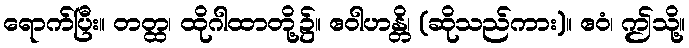
ရောက်ပြီး။ တတ္ထ၊ ထိုဂါထာတို့၌။ ဧဝါဟန္တိ၊ (ဆိုသည်ကား)။ ဧဝံ၊ ဤသို့။